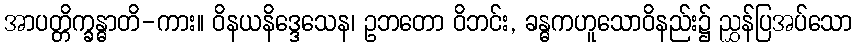
အာပတ္တိက္ခန္ဓာတိ-ကား။ ဝိနယနိဒ္ဒေသေန၊ ဥဘတော ဝိဘင်း, ခန္ဓကဟူသောဝိနည်း၌ ညွှန်ပြအပ်သော